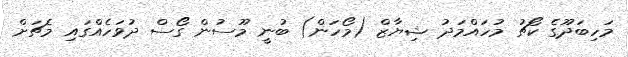
މަހިބަދޫގެ ކޯޗު މުހައްމަދު ޝިޔާޒް (މޯހަން) ބުނީ މޫސުން ގޯސް ދުވަހެއްގައި މެޗަށް